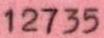
12735